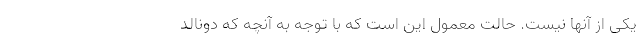
یکی از آنها نیست. حالت معمول این است که با توجه به آنچه که دونالد